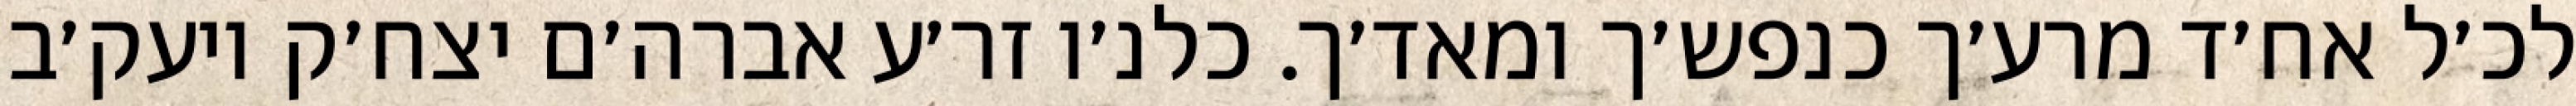
לכ׳ל אח׳ד מרע׳ך כנפש׳ך ומאד׳ך. כלנ׳ו זר׳ע אברה׳ם יצח׳ק ויעק׳ב